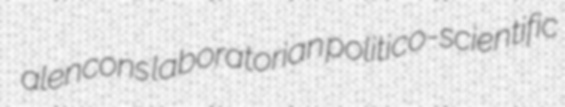
alencons laboratorian politico-scientific